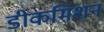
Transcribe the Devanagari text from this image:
डीकमिशन